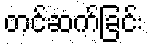
တင်ဆက်ခြင်း